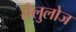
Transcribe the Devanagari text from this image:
सैलुलोज